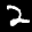
Label: 2